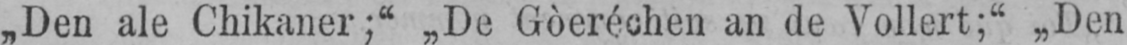
„Den ale Chikaner;“ „De Gòeréchen an de Vollert;“ „Den